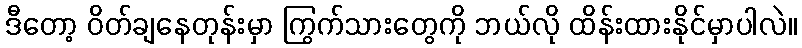
ဒီတော့ ဝိတ်ချနေတုန်းမှာ ကြွက်သားတွေကို ဘယ်လို ထိန်းထားနိုင်မှာပါလဲ။